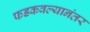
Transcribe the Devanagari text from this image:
फडकवल्यानंतर